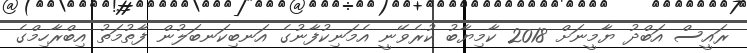
ރައީސް އަބްދު ޔާމީނަށް 2018 ކާމިޔާބު ކުރެވޭނީ އެމަނިކުފާނުގެ އަނބިކަނބަލުން ފާތުމަތު އިބްރާހިމްގެ